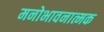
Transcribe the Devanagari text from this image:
मनोभावनात्मक